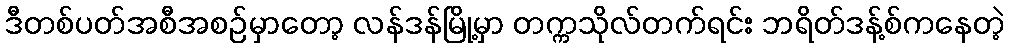
ဒီတစ်ပတ်အစီအစဉ်မှာတော့ လန်ဒန်မြို့မှာ တက္ကသိုလ်တက်ရင်း ဘရိတ်ဒန့်စ်ကနေတဲ့